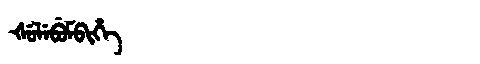
Manchu: ᡧᡠᠯᡝᠪᡠᠮᠪᡳᡥᡝ
Romanization: ŠULEBUMBIHE